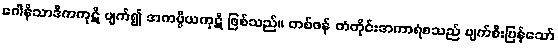
ဂေါနိသာဒိကကုဋိ ပျက်၍ အကပ္ပိယကုဋိ ဖြစ်သည်။ တစ်ဖန် တံတိုင်းအကာရံစသည် ပျက်စီးပြန်သော်